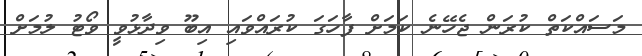
މަސައްކަތް ކުރަން ޖެހޭނެ ކަމަށް ފާހަގަ ކުރައްވައި އިބޫ ވިދާޅުވީ ވޯޓު ލުމަށް